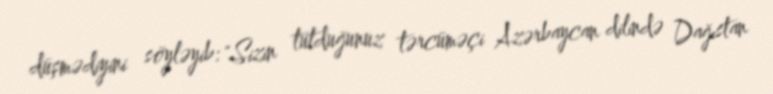
düşmədiyini söyləyib: "Sizin tutduğunuz tərcüməçi Azərbaycan dilində Dağıstan